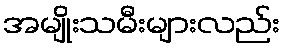
အမျိုးသမီးများလည်း